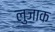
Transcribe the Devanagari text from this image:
लुजाक